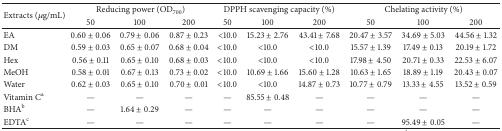
<table><thead><tr><td rowspan="2"><b>Extracts (<i>μ</i>g/mL)</b></td><td colspan="3"><b>Reducing power (OD<sub>700</sub>)</b></td><td colspan="3"><b>DPPH scavenging capacity (%)</b></td><td colspan="3"><b>Chelating activity (%)</b></td></tr><tr><td><b>50</b></td><td><b>100</b></td><td><b>200</b></td><td><b>50</b></td><td><b>100</b></td><td><b>200</b></td><td><b>50</b></td><td><b>100</b></td><td><b>200</b></td></tr></thead><tbody><tr><td>EA</td><td>0.60 ± 0.06</td><td>0.79 ± 0.06</td><td>0.87 ± 0.23</td><td>&lt;10.0</td><td>15.23 ± 2.76</td><td>43.41 ± 7.68</td><td>20.47 ± 3.57</td><td>34.69 ± 5.03</td><td>44.56 ± 1.32</td></tr><tr><td>DM</td><td>0.59 ± 0.03</td><td>0.65 ± 0.07</td><td>0.68 ± 0.04</td><td>&lt;10.0</td><td>&lt;10.0</td><td>&lt;10.0</td><td>15.57 ± 1.39</td><td>17.49 ± 0.13</td><td>20.19 ± 1.72</td></tr><tr><td>Hex</td><td>0.56 ± 0.11</td><td>0.65 ± 0.10</td><td>0.68 ± 0.03</td><td>&lt;10.0</td><td>&lt;10.0</td><td>&lt;10.0</td><td>17.98 ± 4.50</td><td>20.71 ± 0.33</td><td>22.53 ± 6.07</td></tr><tr><td>MeOH</td><td>0.58 ± 0.01</td><td>0.67 ± 0.13</td><td>0.73 ± 0.02</td><td>&lt;10.0</td><td>10.69 ± 1.66</td><td>15.60 ± 1.28</td><td>10.63 ± 1.65</td><td>18.89 ± 1.19</td><td>20.43 ± 0.07</td></tr><tr><td>Water</td><td>0.62 ± 0.03</td><td>0.65 ± 0.10</td><td>0.70 ± 0.01</td><td>&lt;10.0</td><td>&lt;10.0</td><td>14.87 ± 0.73</td><td>10.77 ± 0.79</td><td>13.33 ± 4.55</td><td>13.52 ± 0.59</td></tr><tr><td>Vitamin C<sup>a</sup></td><td>—</td><td>—</td><td>—</td><td>—</td><td>85.55 ± 0.48</td><td>—</td><td>—</td><td>—</td><td>—</td></tr><tr><td>BHA<sup>b</sup></td><td>—</td><td>1.64 ± 0.29</td><td>—</td><td>—</td><td>—</td><td>—</td><td>—</td><td>—</td><td>—</td></tr><tr><td>EDTA<sup>c</sup></td><td>—</td><td>—</td><td>—</td><td>—</td><td>—</td><td>—</td><td>—</td><td>95.49 ± 0.05</td><td>—</td></tr></tbody></table>